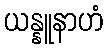
ယန္နူနာဟံ